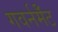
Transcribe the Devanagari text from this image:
गवर्नमेँट